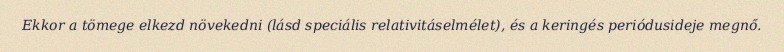
Ekkor a tömege elkezd növekedni (lásd speciális relativitáselmélet), és a keringés periódusideje megnő.